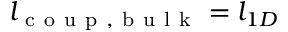
l _ { \mathrm { ~ c ~ o ~ u ~ p ~ , ~ b ~ u ~ l ~ k ~ } } = l _ { 1 D }